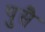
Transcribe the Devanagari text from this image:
पुसै